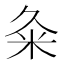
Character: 粂